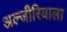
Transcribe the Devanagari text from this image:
अल्जीरियाला